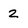
Character: z